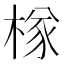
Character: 𣔾